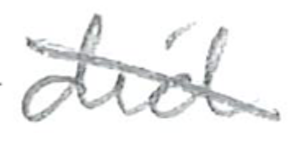
Text: did
Cross-out: diagonal
Writing tool: pencil